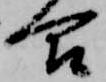
合